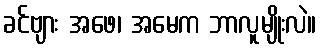
ခင်ဗျား အဖေ၊ အမေက ဘာလူမျိုးလဲ။